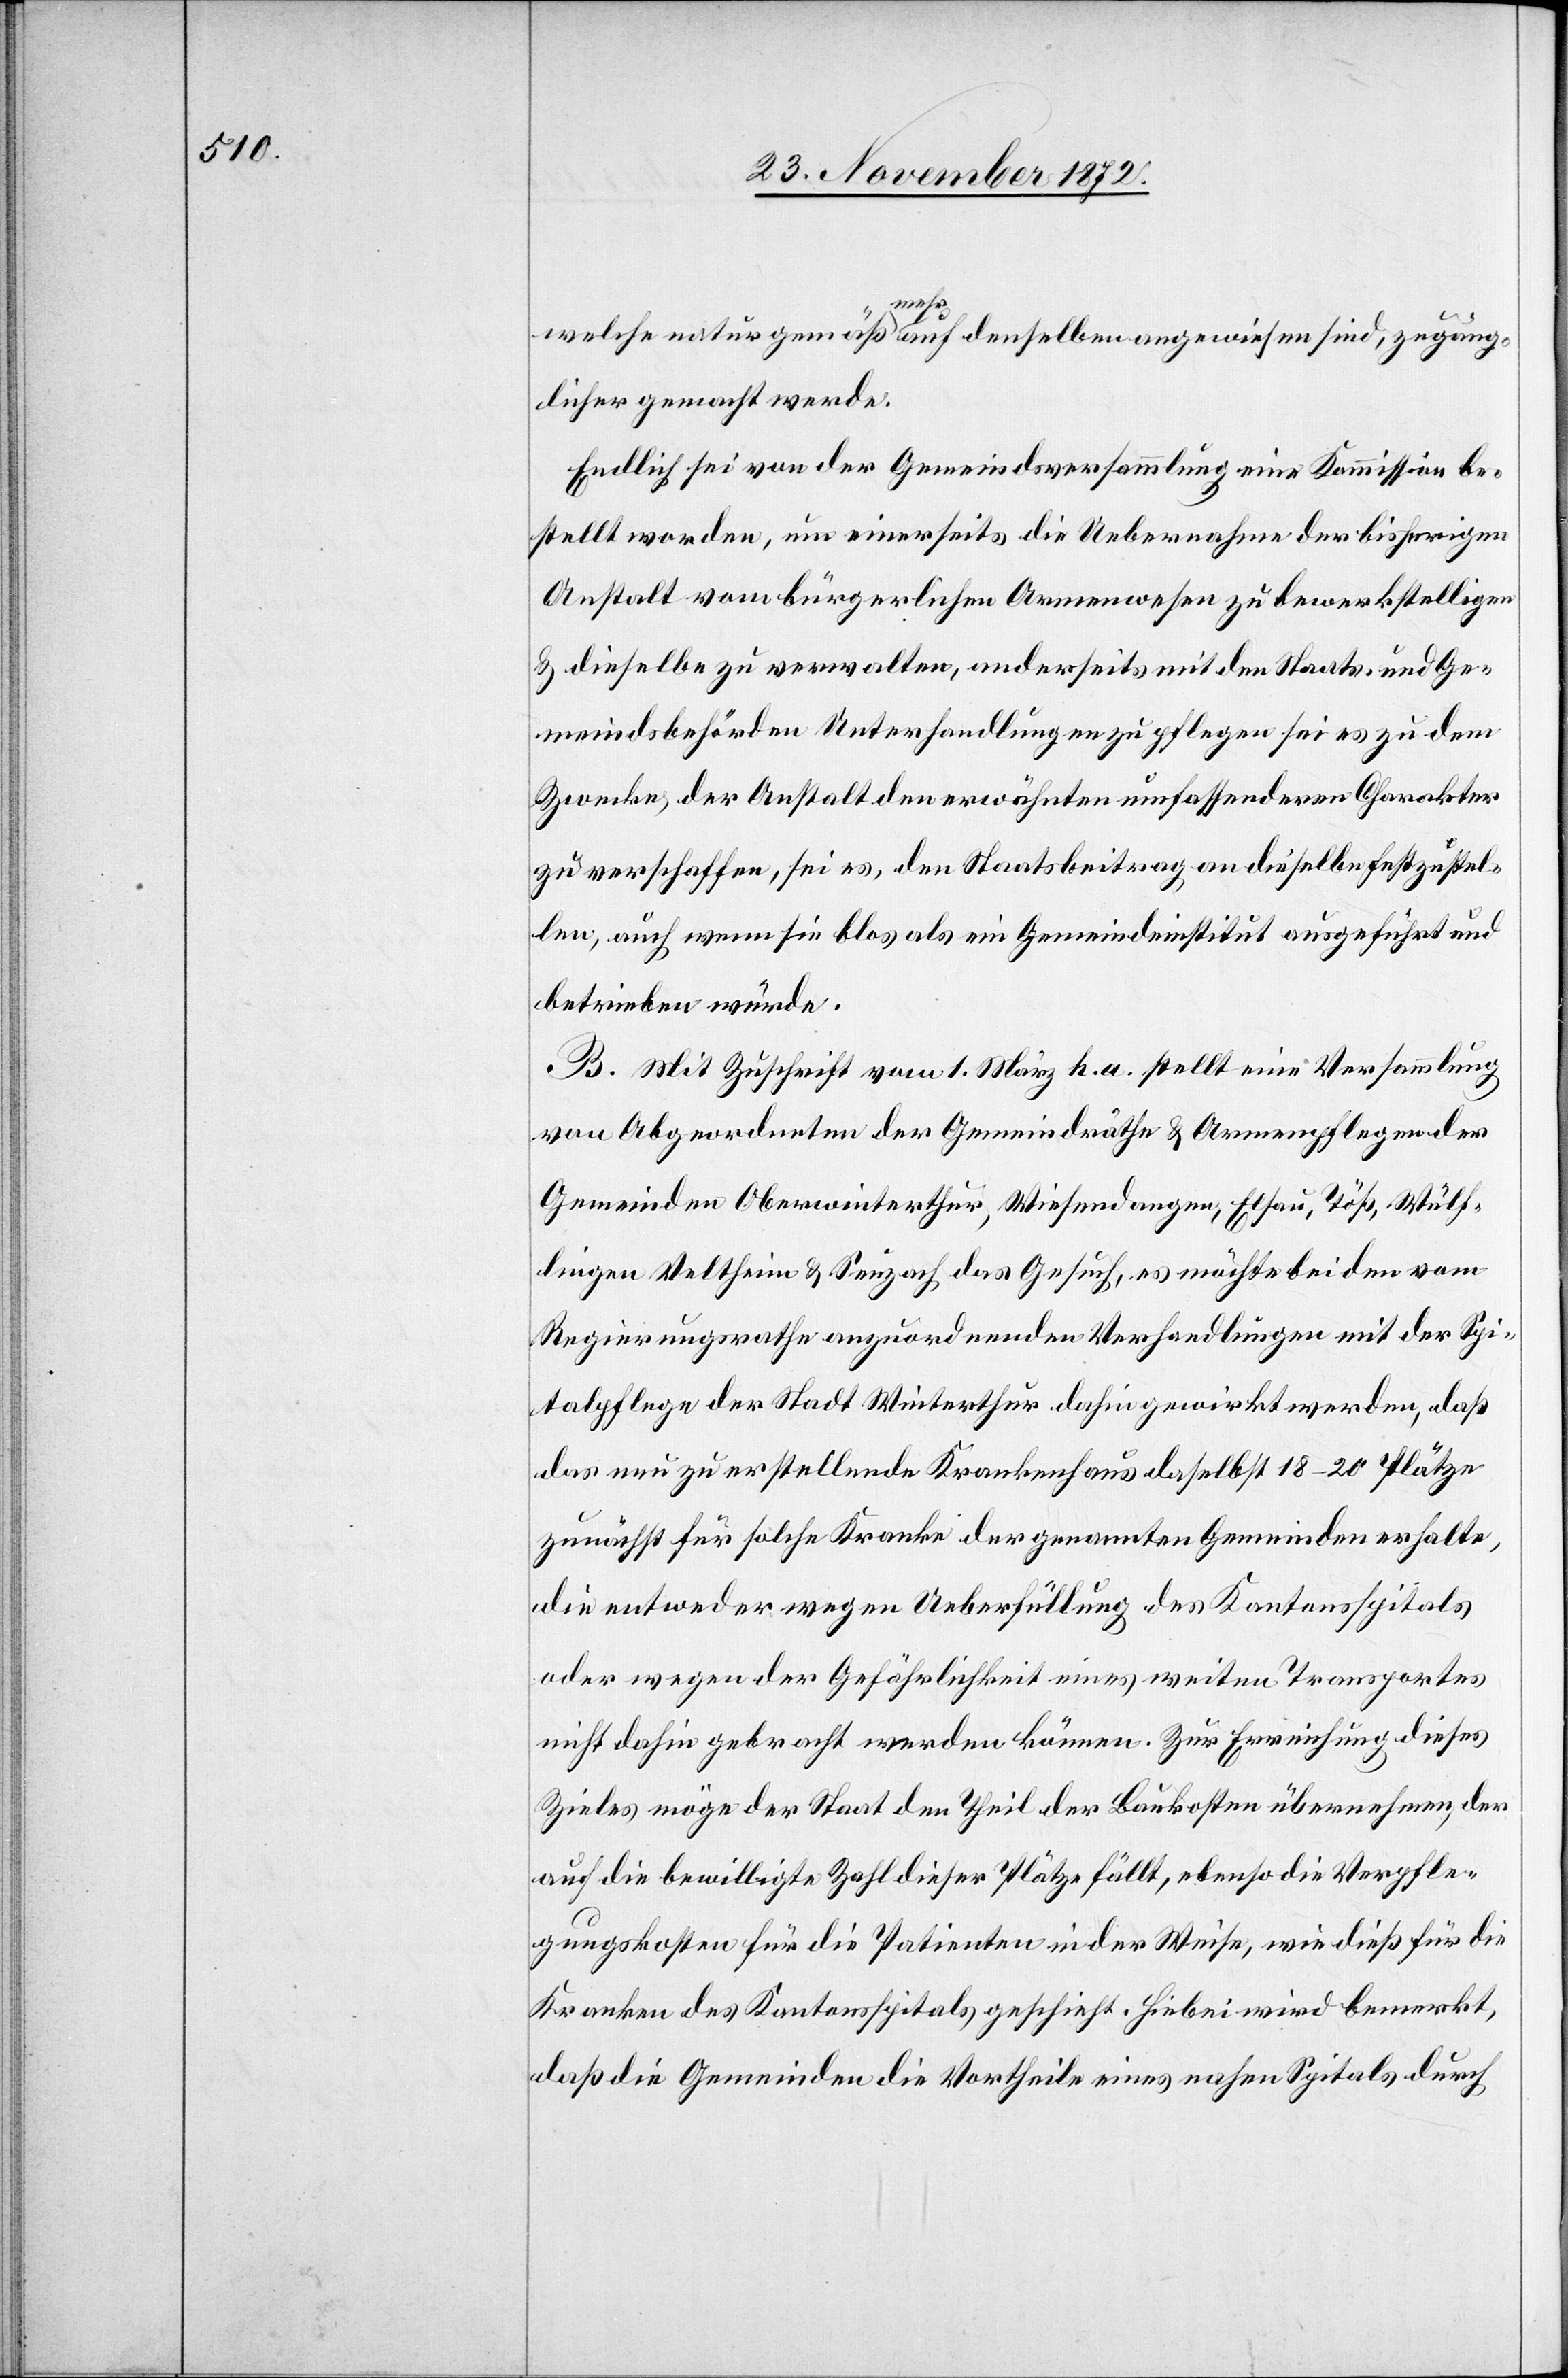
welche naturgemäß mehr auf denselben angewiesen sind, zugäng¬
licher gemacht werde.
Endlich sei von der Gemeindsversammlung eine Kommission be¬
stellt worden, um einerseits die Uebernahme der bisherigen
Anstalt vom bürgerlichen Armenwesen zu bewerkstelligen
& dieselbe zu verwalten, anderseits mit den Staats- und Ge¬
meindsbehörden Unterhandlungen zu pflegen sei es zu dem
Zwecke der Anstalt den erwähnten umfassenderen Charakter
zu verschaffen, sei es, den Staatsbeitrag an dieselbe festzustel¬
len, auch wenn sie blos als ein Gemeindeinstitut ausgeführt und
betrieben würde.
B. Mit Zuschrift vom 1. März h. a. stellt eine Versammlung
von Abgeordneten der Gemeindräthe & Armenpflegen der
Gemeinden Oberwinterthur, Wiesendangen, Elsau, Töß, Wülf¬
lingen Veltheim & Seuzach das Gesuch, es möchte bei den vom
Regierungsrathe anzuordnenden Verhandlungen mit der Spi¬
talpflege der Stadt Winterthur dahin gewirkt werden, daß
das nun zu erstellende Krankenhaus daselbst 18–20 Plätze
zunächst für solche Kranke der genannten Gemeinden erhalte,
die entweder wegen Ueberfüllung des Kantonsspitals
oder wegen der Gefährlichkeit eines weiten Transportes
nicht dahin gebracht werden können. Zur Erreichung dieses
Zieles möge der Staat den Theil der Baukosten übernehmen, der
auf die bewilligte Zahl dieser Plätze fällt, ebenso die Verpfle¬
gungskosten für die Patienten in der Weise, wie dieß für die
Kranken des Kantonsspitals geschieht. Hiebei wird bemerkt,
daß die Gemeinden die Vortheile eines nahen Spitals durch